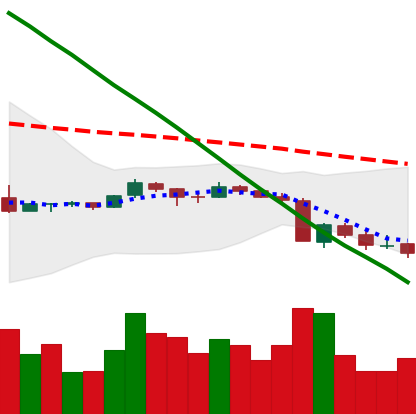
Ticker: XRP-USD
Chart end date: 2018-09-10
Forward return: 4.323%
Label: up_3_5